Annual administration report of the Civil Veterinary Department of India - 1906-1907
Year: 1906
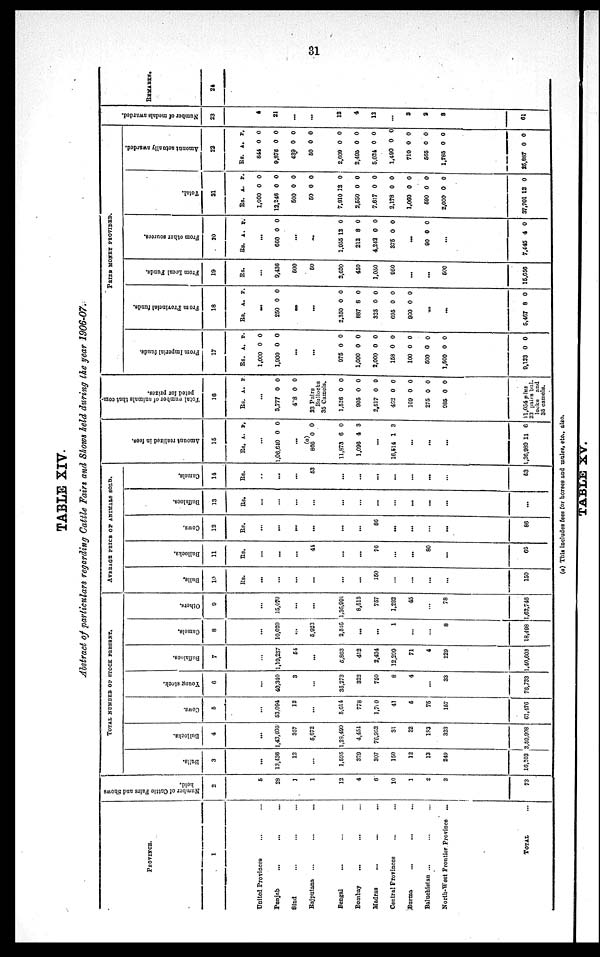
31
TABLE
XIV.
Abstract of particulars regarding Cattle Fairs and Shows held during the year 1906-07.
PROVINCE.
1
United Provinces
Punjab
Sind ... ... ...
Rajputana ... ... ...
Bengal ... ... ...
Bombay
...
... ...
Madras
...
Central Provinces ... ...
Burma ... ... ...
Baluchistan ... ... ...
North-Wast Frontier Province ...
TOTAL . . .
Number of Cattle Pairs and Shows
held.
2
5
28
1
1
12
4
6
10
1
2
3
73
TOTAL NUMBER OF STOCK PRESENT.
Bulls.
3
...
13,436
13
...
1,595
329
307
150
12
13
249
16,103
Bullocks.
4
...
1,43,105
357
5,672
1,28,499
4,454
76,952
31
32
183
323
3,59,908
Cows.
5
...
53,094
12
...
5,614
778
1,700
41
6
75
157
61,476
Young stock.
6
...
40,340
3
...
35,273
322
750
8
4
...
33
76,733
Buffaloes.
7
...
1,19,237
54
...
5,863
412
2,434
12,209
71
4
229
1,40,603
Camels.
8
...
10,020
...
5.923
2,546
...
...
1
...
...
8
18,498
Others.
9
...
15,070
...
...
1,36,991
8,513
757
1,202
45
...
78
1,62,746
AVERAGE PRICE OF ANIMALS BOLD.
Bulls.
10
Rs.
...
...
...
...
...
...
150
...
...
...
...
150
Bullocks.
11
Rs.
...
...
...
44
...
...
76
...
...
80
...
68
Cows.
12
Rs.
...
...
...
...
...
86
...
...
...
...
86
Buffaloes.
13
Rs.
...
...
...
...
...
...
...
...
...
...
Camels.
14
Rs.
..
...
...
53
...
...
...
...
...
...
...
63
Amo u n t r e a l i z e d in f ees.
15
Rs.
...
1,06,640
...
(a)
860
11,873
1,096
...
16,514
...
...
...
1,36,989 1
A.
0
0
6
4
1
1
P.
0
0
0
3
3
6
Tot al n u m b e r o f a n i m a l s t h a t c om-
peted for prizes.
16
Rs.
...
3,777
428
A.
0
0
P.
0
0
23 Pairs
Bullocks
35 Camels.
1,526
905
2,517
462
169
275
085
0
0
0
0
0
0
0
0
0
0
0
0
0
0
11,054 plus
23 pairs bul¬
locks and
35 camels.
PRIZE MONEY PROVIDED.
Fr om I mper i
al f unds .
17
Rs.
1,000
1,900
975
1,000
2,000
158
100
500
1,500
9,133
A.
0
0
...
...
0
0
0
0
0
0
0
0
P.
0
0
0
0
0
0
0
0
0
0
Fr om Pr ovi nc i
a l f unds .
18
Rs.
250
2,350
887
325
695
930
5,467
A.
...
0
...
...
0
8
0
0
0
...
...
8
P.
0
0
0
0
0
0
0
From Local Funds.
19
Rs.
9,436
500
60
2,630
450
1,050
950
600
15,656
Fr om o t h e r s our ces .
20
Rs.
660
1,955
212
4,242
375
90
7,445
A.
...
0
...
...
13
8
0
0
...
0
...
4
P.
0
0
0
0
0
0
0
Tot al .
21
R.
1,000
12,246
500
50
7,910
2,550
7.617
2,178
1,060
590
2,000
37,701
A.
0
0
0
0
13
0
0
0
0
0
0
12
P.
0
0
0
0
0
0
0
0
0
0
0
0
Amo u n t actually awarded.
22
Rs.
844
9,876
439
60
2,609
2,495
5,024
1,490
710
565
1,785
25,887
A.
0
0
0
0
0
0
0
0
0
0
0
0
P.
0
0
0
0
0
0
0
0
0
0
0
0
Nu mb e
r of medals awarded.
23
4
21
...
...
12
4
12
...
3
2
3
61
REMARKS.
24
(a) This includes fees for horses and mules, etc., also.